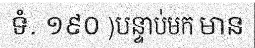
ទំ. ១៩០ )បន្ទាប់មក មាន